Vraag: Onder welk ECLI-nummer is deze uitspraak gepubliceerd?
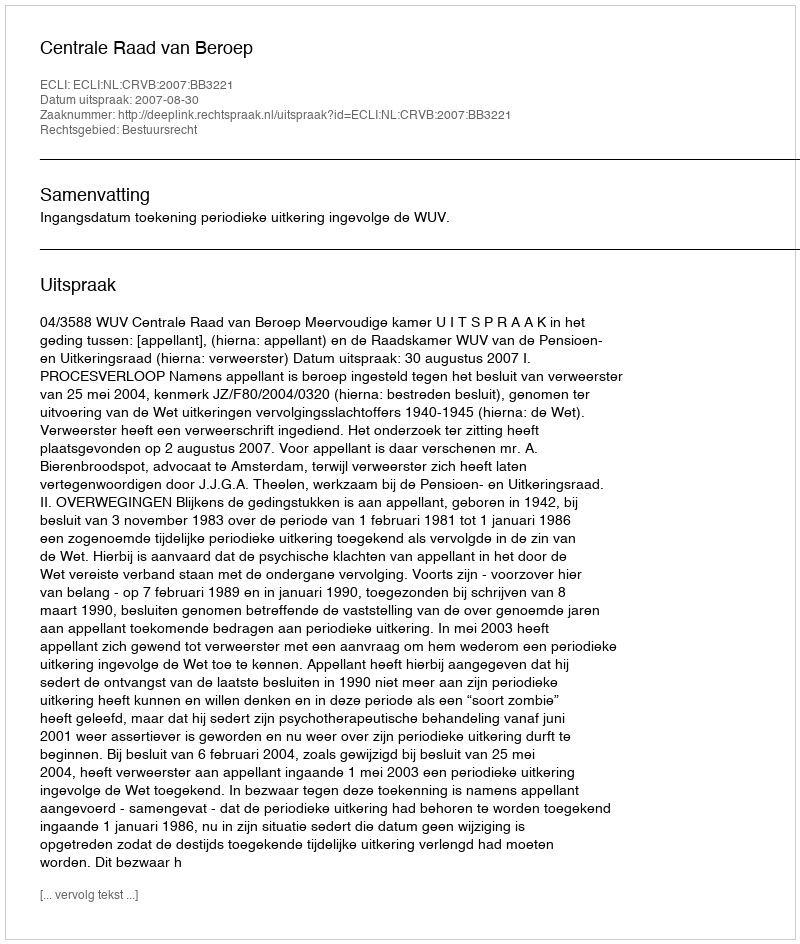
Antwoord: ECLI:NL:CRVB:2007:BB3221